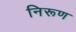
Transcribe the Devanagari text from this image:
निरूण